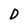
Character: D